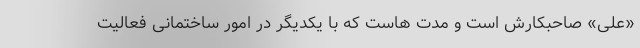
«علی» صاحبکارش است و مدت هاست که با یکدیگر در امور ساختمانی فعالیت